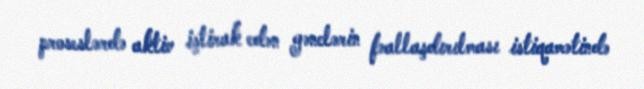
proseslərdə aktiv iştirak edən gənclərin fəallaşdırılması istiqamətində